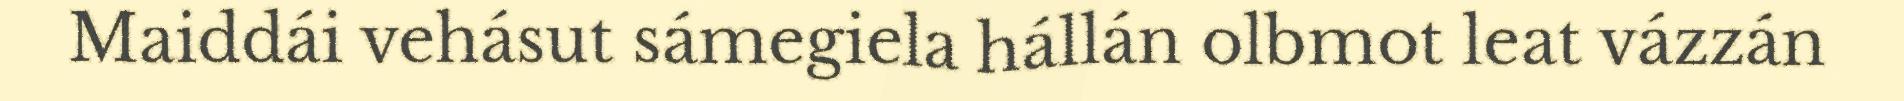
Maiddái vehásut sámegiela hállán olbmot leat vázzán